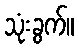
သုံးခွက်။